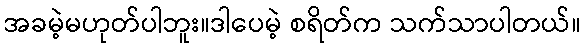
အခမဲ့မဟုတ်ပါဘူး။ဒါပေမဲ့ စရိတ်က သက်သာပါတယ်။